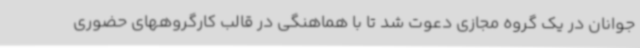
جوانان در یک گروه مجازی دعوت شد تا با هماهنگی در قالب کارگروههای حضوری